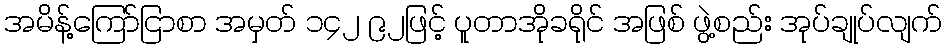
အမိန့်ကြော်ငြာစာ အမှတ် ၁၄၂ ၉၂ဖြင့် ပူတာအိုခရိုင် အဖြစ် ဖွဲ့စည်း အုပ်ချုပ်လျက်